Scientific memoirs by medical officers of the Army of India - Part IX,
Year: 1895
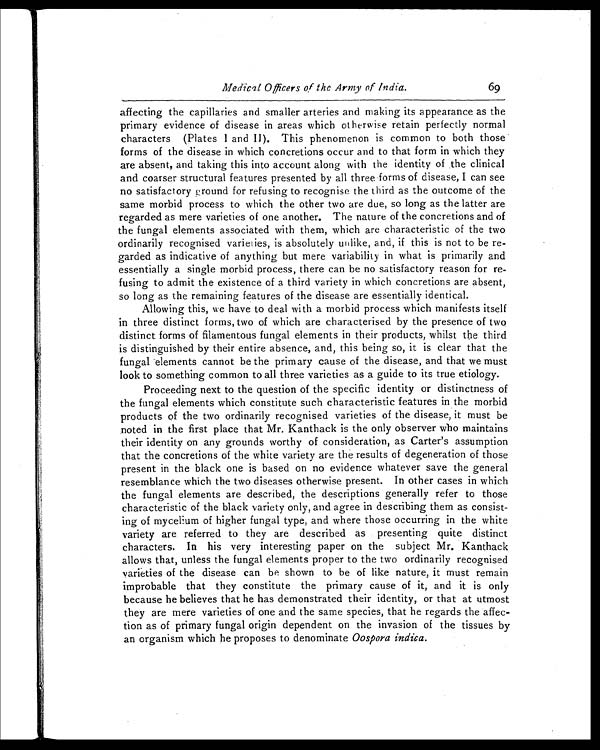
Medical Officers of the Army of India.
69
affecting the capillaries and smaller arteries and making its appearance as the
primary evidence of disease in areas which otherwise retain perfectly normal
characters (Plates 1 and II). This phenomenon is common to both those
forms of the disease in which concretions occur and to that form in which they
are absent, and taking this into account along with the identity of the clinical
and coarser structural features presented by all three forms of disease, I can see
no satisfactory ground for refusing to recognise the third as the outcome of the
same morbid process to which the other two are due, so long as the latter are
regarded as mere varieties of one another. The nature of the concretions and of
the fungal elements associated with them, which are characteristic of the two
ordinarily recognised varieties, is absolutely unlike, and, if this is not to be re-
garded as indicative of anything but mere variability in what is primarily and
essentially a single morbid process, there can be no satisfactory reason for re-
fusing to admit the existence of a third variety in which concretions are absent,
so long as the remaining features of the disease are essentially identical.
Allowing this, we have to deal with a morbid process which manifests itself
in three distinct forms, two of which are characterised by the presence of two
distinct forms of filamentous fungal elements in their products, whilst the third
is distinguished by their entire absence, and, this being so, it is clear that the
fungal elements cannot be the primary cause of the disease, and that we must
look to something common to all three varieties as a guide to its true etiology.
Proceeding next to the question of the specific identity or distinctness of
the fungal elements which constitute such characteristic features in the morbid
products of the two ordinarily recognised varieties of the disease, it must be
noted in the first place that Mr. Kanthack is the only observer who maintains
their identity on any grounds worthy of consideration, as Carter's assumption
that the concretions of the white variety are the results of degeneration of those
present in the black one is based on no evidence whatever save the general
resemblance which the two diseases otherwise present. In other cases in which
the fungal elements are described, the descriptions generally refer to those
characteristic of the black variety only, and agree in describing them as consist-
ing of mycelium of higher fungal type, and where those occurring in the white
variety are referred to they are described as presenting quite distinct
characters. In his very interesting paper on the subject Mr. Kanthack
allows that, unless the fungal elements proper to the two ordinarily recognised
varieties of the disease can be shown to be of like nature, it must remain
improbable that they constitute the primary cause of it, and it is only
because he believes that he has demonstrated their identity, or that at utmost
they are mere varieties of one and the same species, that he regards the affec-
tion as of primary fungal origin dependent on the invasion of the tissues by
an organism which he proposes to denominate Oospora indica.